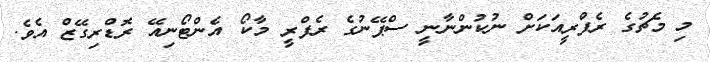
މި މެޗުގެ ރެފްރީއަކަށް ނުކުންނާނީ ސްޕޭނުގެ ރެފްރީ މާކޯ އެންޓޯނިއޭ ރޮޑްރިގޭޒް އެވެ.